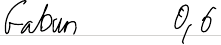
Gabun 0,6